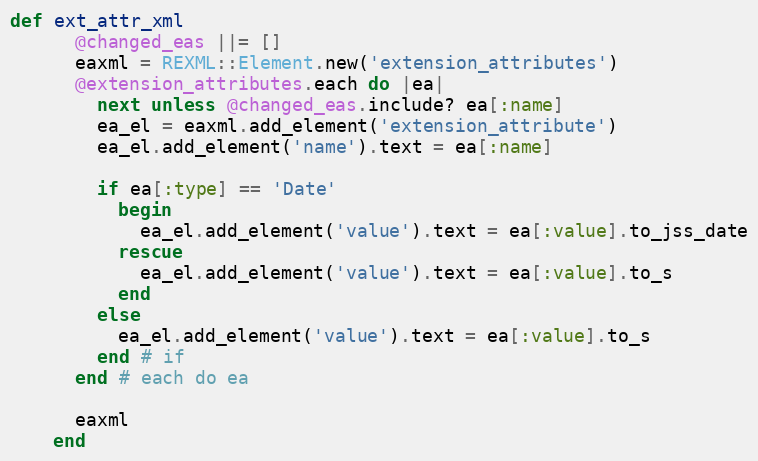
Language: Ruby
def ext_attr_xml
      @changed_eas ||= []
      eaxml = REXML::Element.new('extension_attributes')
      @extension_attributes.each do |ea|
        next unless @changed_eas.include? ea[:name]
        ea_el = eaxml.add_element('extension_attribute')
        ea_el.add_element('name').text = ea[:name]

        if ea[:type] == 'Date'
          begin
            ea_el.add_element('value').text = ea[:value].to_jss_date
          rescue
            ea_el.add_element('value').text = ea[:value].to_s
          end
        else
          ea_el.add_element('value').text = ea[:value].to_s
        end # if
      end # each do ea

      eaxml
    end